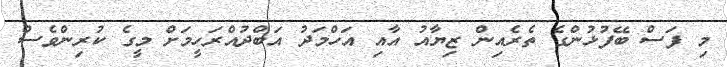
މި ފަސް ބޭފުޅުންގެ ތެރެއިން ޒިޔާއު އާއި އަހްމަދު އަބްދުއްރަހީމަށް މީގެ ކުރިންވެސް